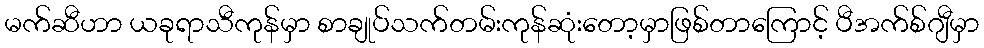
မက်ဆီဟာ ယခုရာသီကုန်မှာ စာချုပ်သက်တမ်းကုန်ဆုံးတော့မှာဖြစ်တာကြောင့် ပီအက်စ်ဂျီမှာ